Indian journal of veterinary science and animal husbandry - Volume 9,
Year: 1939
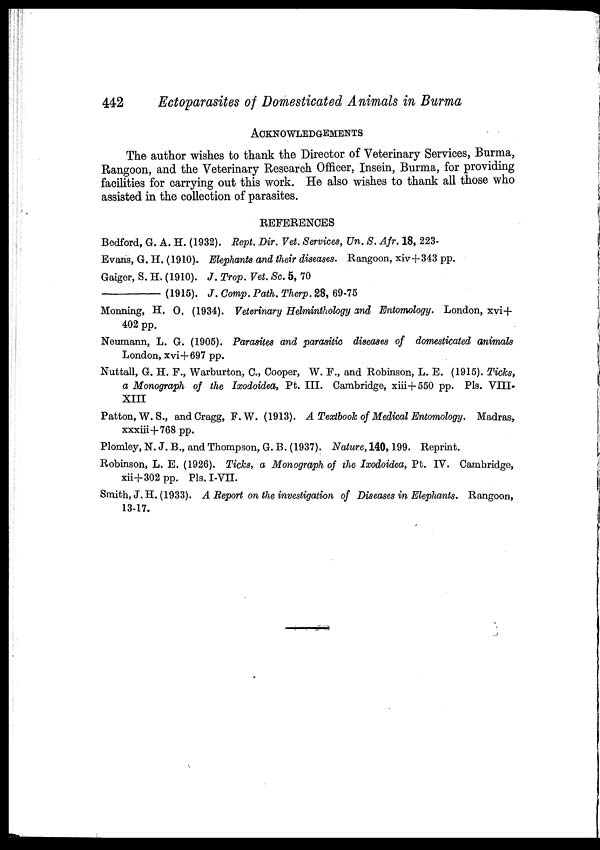
442
Ectoparasites of Domesticated Animals in Burma
ACKNOWLEDGEMENTS
The author wishes to thank the Director of Veterinary Services, Burma,
Rangoon, and the Veterinary Research Officer, Insein, Burma, for providing
facilities for carrying out this work. He also wishes to thank all those who
assisted in the collection of parasites.
REFERENCES
Bedford, G. A. H. (1932). Rept. Dir. Vet. Services, Un. S. Afr. 18, 223-
Evans, G. H. (1910). Elephants and their diseases. Rangoon, xiv+343 pp.
Gaiger, S. H. (1910). J. Trop. Vet. Sc. 5, 70
—(1915).
J. Comp. Path. Therp. 28, 69-75
Monning, H. O. (1934). Veterinary Helminthology and Entomology. London, xvi+
402 pp.
Neumann, L. G. (1905). Parasites and parasitic diseases of domesticated animals
London, xvi+697 pp.
Nuttall, G. H. F., Warburton, C., Cooper, W. F., and Robinson, L. E. (1915). Ticks,
a Monograph of the Ixodoidea, Pt. III. Cambridge, xiii+550 pp. Pls. VIII-
XIII
Patton, W. S., and Cragg, F.W. (1913). A Textbook of Medical Entomology. Madras,
xxxiii+768 pp.
Plomley, N. J. B., and Thompson, G. B. (1937). Nature, 140, 199. Reprint.
Robinson, L. E. (1926). Ticks, a Monograph of the Ixodoidea, Pt. IV. Cambridge,
xii+302 pp. Pls.I-VII.
Smith, J.H. (1933). A Report on the investigation of Diseases in Elephants. Rangoon,
13-17.